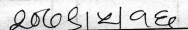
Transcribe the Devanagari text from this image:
२००८|४९६